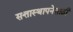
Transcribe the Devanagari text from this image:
सत्तास्थापनेसाठी